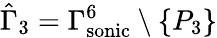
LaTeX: \hat{\Gamma}_{3}={\Gamma_{\mathrm{{sonic}}}^{6}}\setminus\{ P_{3}\}